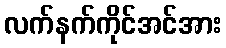
လက်နက်ကိုင်အင်အား